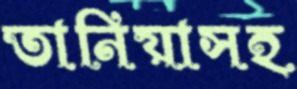
তানিয়াসহ